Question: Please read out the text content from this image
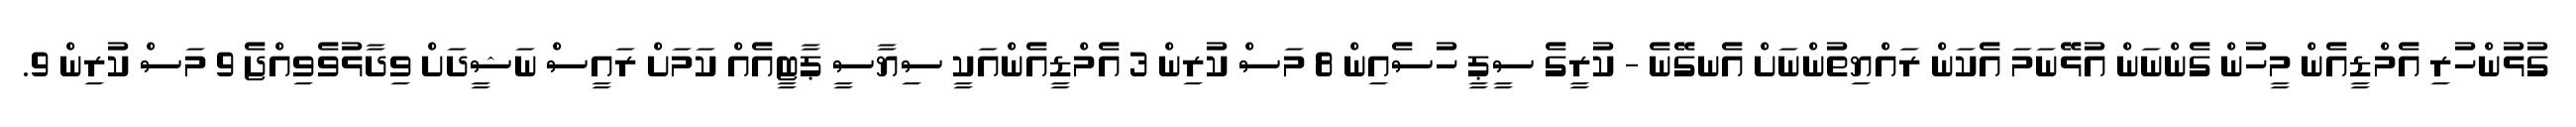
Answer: ގުޅުންހުރި އެމްޑީއެން މީހުން ގެންނަން އުޅޭނަމަ އެކަން ރައްޔިތުންނަށް އެނގޭނެ - ކުރީގެ ސީޕީ ހުސެއިން 8 މަސް ކުރިން 3 އެމްޑީއެންއަކީ ސިޔާސީ ޕާޓީއެއް ކަމަށް ރައީސް ނަޝީދަށް ވިދާޅުވެވިއްޖެ 9 މަސް ކުރިން 9.